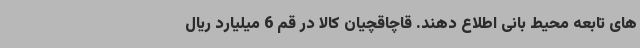
های تابعه محیط بانی اطلاع دهند. قاچاقچیان کالا در قم 6 میلیارد ریال